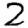
Digit: 2